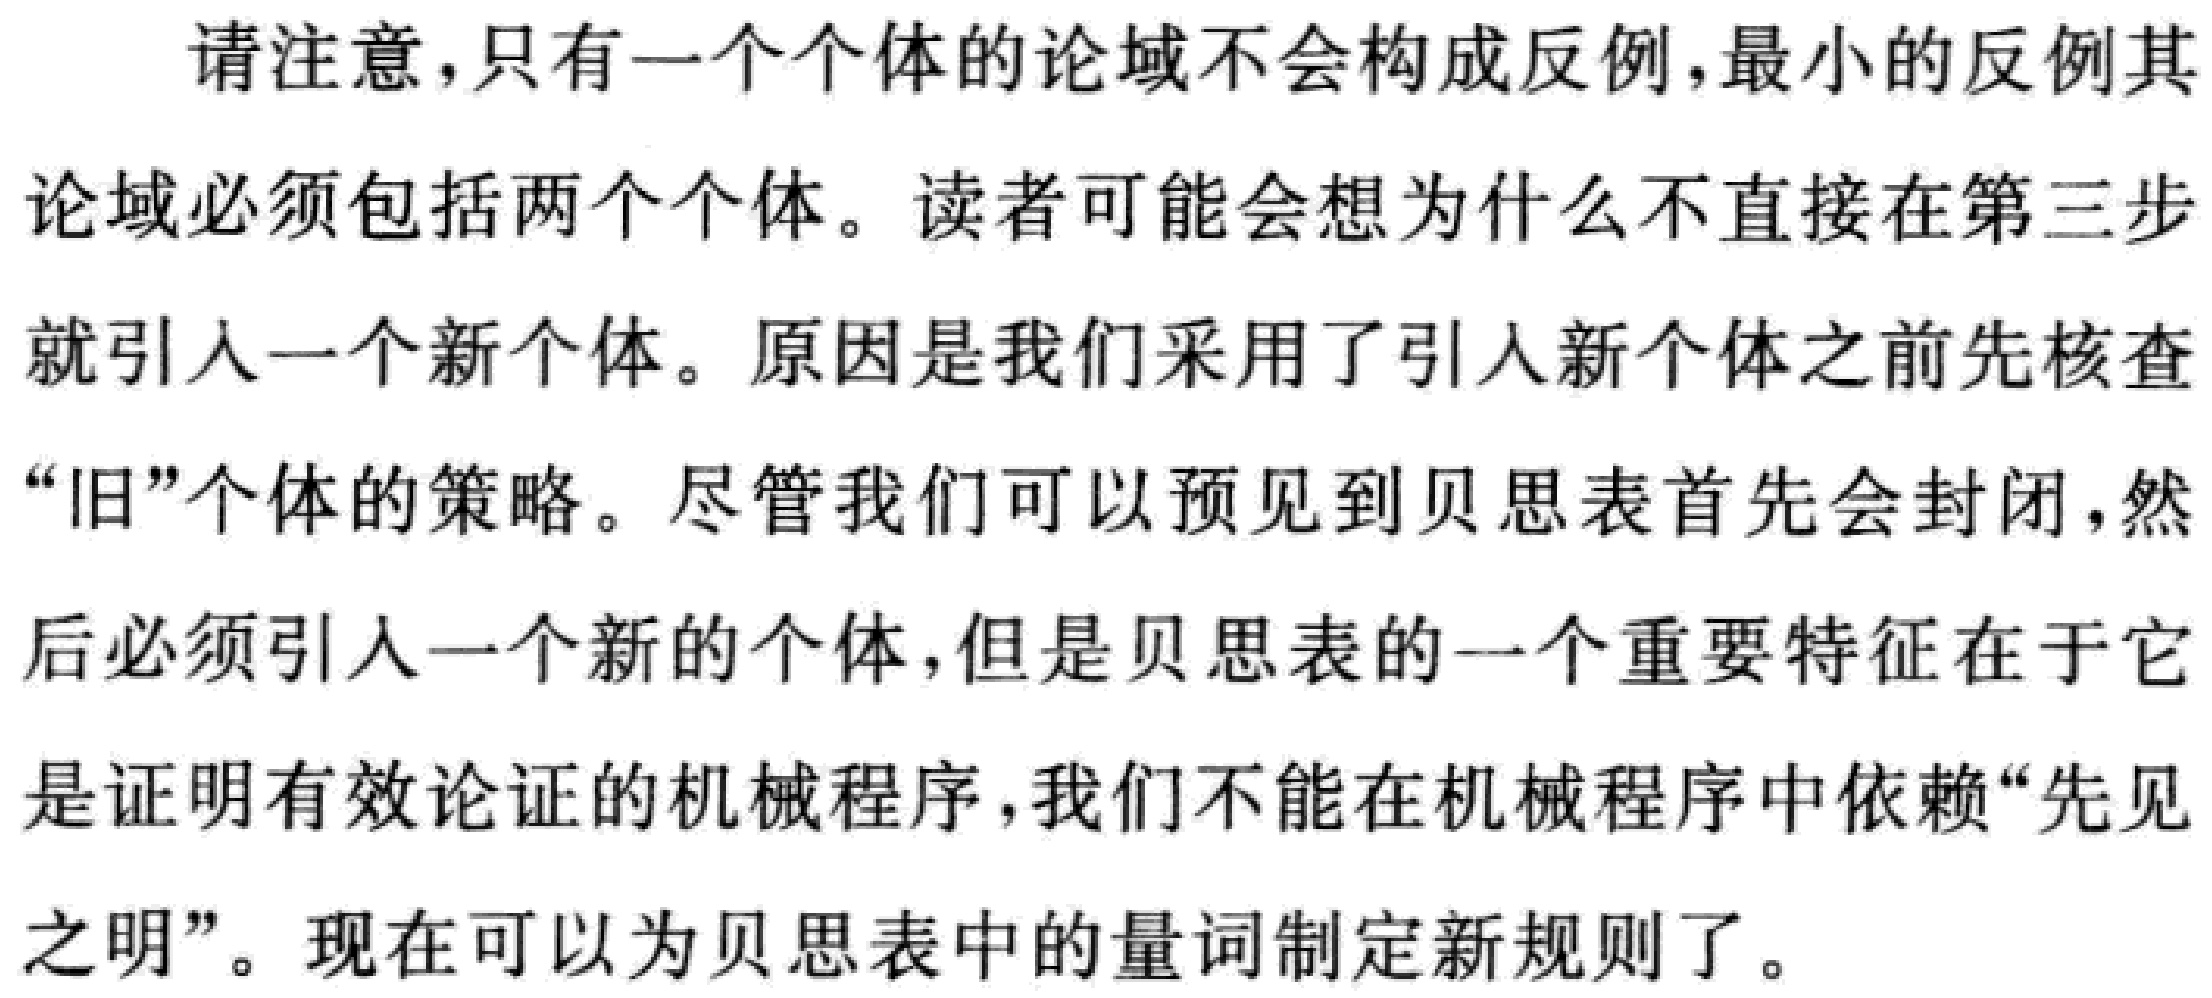
请注意，只有一个个体的论域不会构成反例,最小的反例其
论域必须包括两个个体。读者可能会想为什么不直接在第三步
就引入一个新个体。原因是我们采用了引入新个体之前先核查
“旧”个体的策略。尽管我们可以预见到贝思表首先会封闭,然
后必须引入一个新的个体,但是贝思表的一个重要特征在于它
是证明有效论证的机械程序,我们不能在机械程序中依赖“先见
之明”。现在可以为贝思表中的量词制定新规则了。